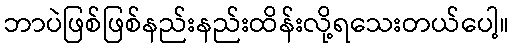
ဘာပဲဖြစ်ဖြစ်နည်းနည်းထိန်းလို့ရသေးတယ်ပေါ့။